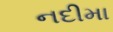
નદીમા